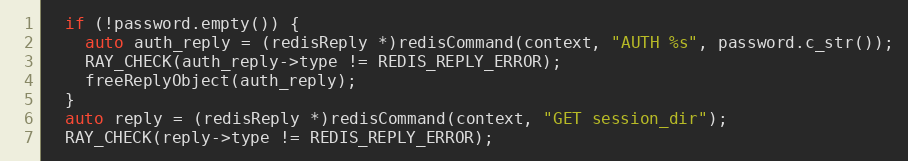
Language: C++
  if (!password.empty()) {
    auto auth_reply = (redisReply *)redisCommand(context, "AUTH %s", password.c_str());
    RAY_CHECK(auth_reply->type != REDIS_REPLY_ERROR);
    freeReplyObject(auth_reply);
  }
  auto reply = (redisReply *)redisCommand(context, "GET session_dir");
  RAY_CHECK(reply->type != REDIS_REPLY_ERROR);